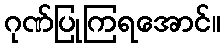
ဂုဏ်ပြုကြရအောင်။